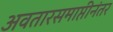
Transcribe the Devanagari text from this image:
अवतारसमाप्तीनंतर